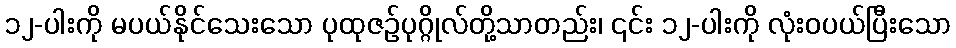
၁၂-ပါးကို မပယ်နိုင်သေးသော ပုထုဇဉ်ပုဂ္ဂိုလ်တို့သာတည်း၊ ၎င်း ၁၂-ပါးကို လုံးဝပယ်ပြီးသော